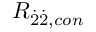
R _ { \dot { 2 } \dot { 2 } , c o n }